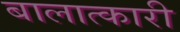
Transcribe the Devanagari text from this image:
बालात्कारी